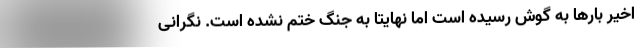
اخیر بارها به گوش رسیده است اما نهایتا به جنگ ختم نشده است. نگرانی